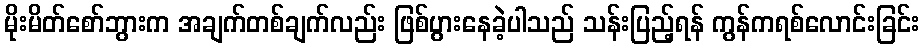
မိုးမိတ်စော်ဘွားက အချက်တစ်ချက်လည်း ဖြစ်ပွားနေခဲ့ပါသည် သန်းပြည့်ရန် ကွန်ကရစ်လောင်းခြင်း